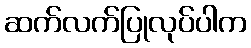
ဆက်လက်ပြုလုပ်ပါက